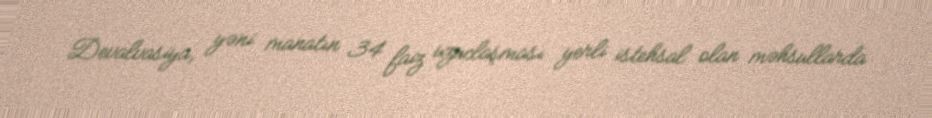
Devalvasiya, yəni manatın 34 faiz uzuclaşması yerli istehsal olan məhsullarda